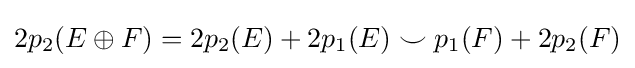
2p_{2}(E\oplus F)=2p_{2}(E)+2p_{1}(E)\smile p_{1}(F)+2p_{2}(F)